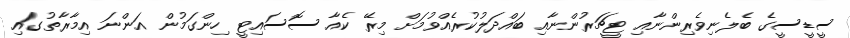
ސީޑީސީގެ ބެލެނިވެރިންނާއި ޓީޗަރުންނާއި ބައްދަލުކުރެއްވުމަށް މިރޭ ކެއާ ސޮސައިޓީ ހިންގަމުން އަންނަ އިމާރާތުގައި